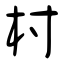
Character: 村